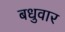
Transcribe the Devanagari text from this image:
बधुवार